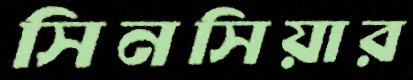
সিনসিয়ার